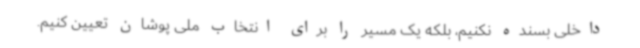
داخلی بسنده نکنیم، بلکه یک مسیر را برای انتخاب ملی پوشان تعیین کنیم.